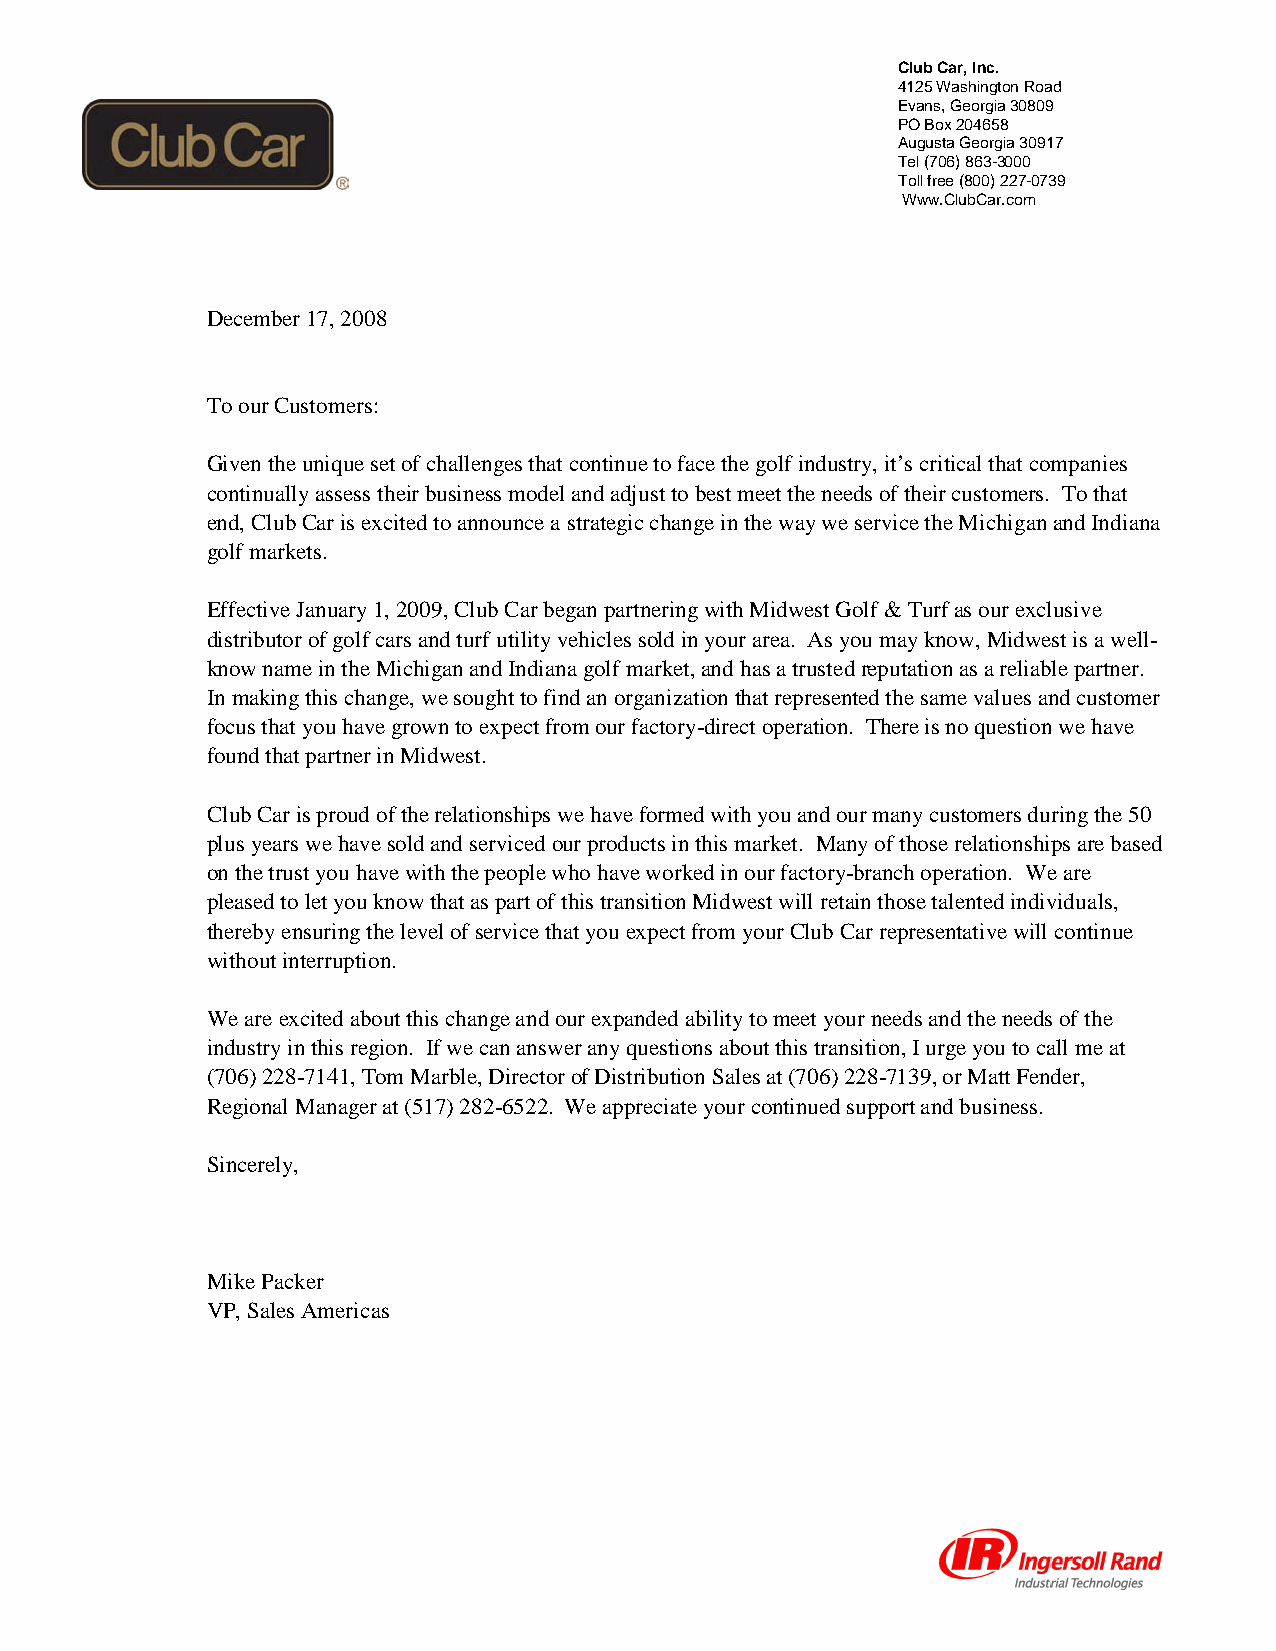
Club Car, Inc.
 4125 Washington Road
 Evans, Georgia 30809
 PO Box 204658
 Augusta Georgia 30917
 Tel (706) 863-3000
 Toll free (800) 227-0739
 Www.ClubCar.com
 December 17, 2008
 To our Customers:
 Given the unique set of challenges that continue to face the golf industry, it’s critical that companies
 continually assess their business model and adjust to best meet the needs of their customers. To that
 end, Club Car is excited to announce a strategic change in the way we service the Michigan and Indiana
 golf markets.
 Effective January 1, 2009, Club Car began partnering with Midwest Golf & Turf as our exclusive
 distributor of golf cars and turf utility vehicles sold in your area. As you may know, Midwest is a well-
 know name in the Michigan and Indiana golf market, and has a trusted reputation as a reliable partner.
 In making this change, we sought to find an organization that represented the same values and customer
 focus that you have grown to expect from our factory-direct operation. There is no question we have
 found that partner in Midwest.
 Club Car is proud of the relationships we have formed with you and our many customers during the 50
 plus years we have sold and serviced our products in this market. Many of those relationships are based
 on the trust you have with the people who have worked in our factory-branch operation. We are
 pleased to let you know that as part of this transition Midwest will retain those talented individuals,
 thereby ensuring the level of service that you expect from your Club Car representative will continue
 without interruption.
 We are excited about this change and our expanded ability to meet your needs and the needs of the
 industry in this region. If we can answer any questions about this transition, I urge you to call me at
 (706) 228-7141, Tom Marble, Director of Distribution Sales at (706) 228-7139, or Matt Fender,
 Regional Manager at (517) 282-6522. We appreciate your continued support and business.
 Sincerely,
 Mike Packer
 VP, Sales Americas